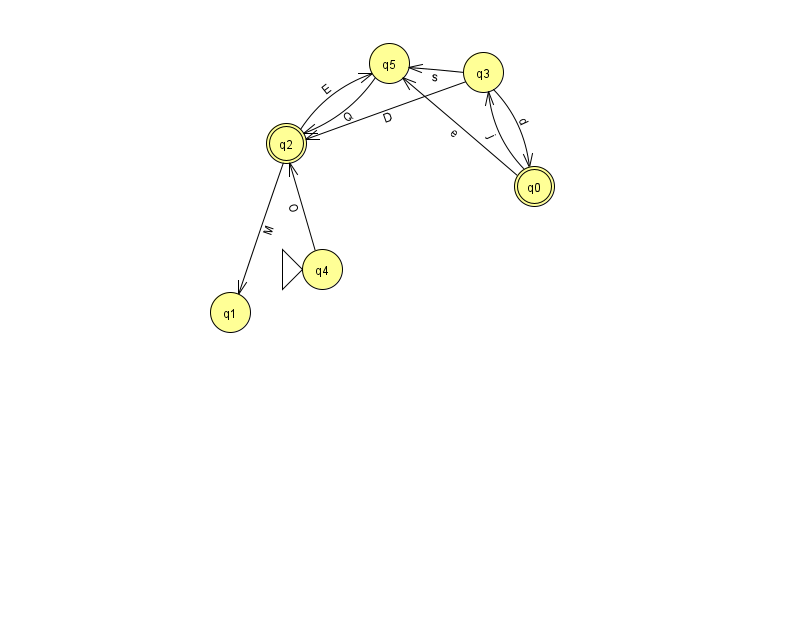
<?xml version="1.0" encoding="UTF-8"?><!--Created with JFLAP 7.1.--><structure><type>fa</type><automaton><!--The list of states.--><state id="0" name="q0"><x>534.0</x><y>173.0</y><final/></state><state id="1" name="q1"><x>230.0</x><y>299.0</y></state><state id="2" name="q2"><x>286.0</x><y>130.0</y><final/></state><state id="3" name="q3"><x>483.0</x><y>59.0</y></state><state id="4" name="q4"><x>322.0</x><y>256.0</y><initial/></state><state id="5" name="q5"><x>389.0</x><y>50.0</y></state><!--The list of transitions.--><transition><from>5</from><to>2</to><read>Q</read></transition><transition><from>0</from><to>5</to><read>e</read></transition><transition><from>2</from><to>5</to><read>E</read></transition><transition><from>0</from><to>3</to><read>j</read></transition><transition><from>2</from><to>1</to><read>M</read></transition><transition><from>3</from><to>5</to><read>s</read></transition><transition><from>3</from><to>0</to><read>d</read></transition><transition><from>4</from><to>2</to><read>O</read></transition><transition><from>3</from><to>2</to><read>D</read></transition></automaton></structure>